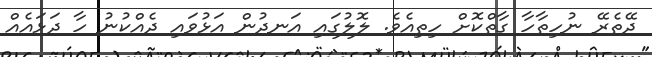
ދޭތެރޭ ނުހިތާހާ ގާތްކޮށް ހިތިއެވެ. ލޮލުގައި އަނދުން އަޅުވައި ދެއްކުނު ހާ ދަޅައެއް